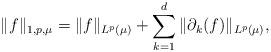
LaTeX: \begin{align*}\|f\|_{1,p,\mu} = \|f\|_{L^p(\mu)} + \sum_{k=1}^d \|\partial_k(f)\|_{L^p(\mu)},\end{align*}